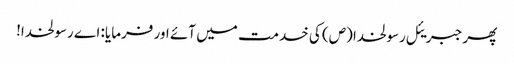
پھر جبریئل رسولخدا (ص) کی خدمت میں آئے اور فرمایا: اے رسولخدا!